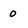
Character: o